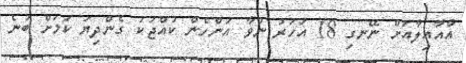
އާއާއިލާއަށް ނޭނގި 18 އަހަރު ނުވާ އަންހެން ކުއްޖަކު ގެންދިޔަ ކަމަށް ބުނެ